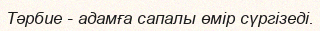
Тәрбие - адамға сапалы өмір сүргізеді.